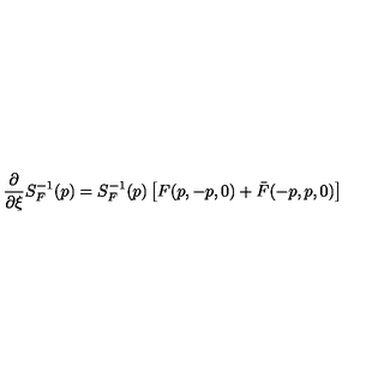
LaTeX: \frac { \partial } { \partial \xi } S _ { F } ^ { - 1 } ( p ) = S _ { F } ^ { - 1 } ( p ) \left[ F ( p , - p , 0 ) + \bar { F } ( - p , p , 0 ) \right]